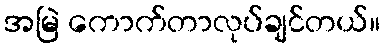
အမြဲ ကောက်တာလုပ်ချင်တယ်။